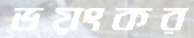
ভয়ংকর